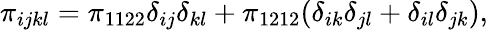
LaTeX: \pi_{ijkl}=\pi_{1122}\delta_{ij}\delta_{kl}+\pi_{1212}(\delta_{ik}\delta_{jl}+\delta_{il}\delta_{jk}),